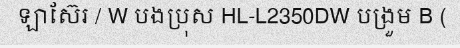
ឡាស៊ែរ / W បងប្រុស HL-L2350DW បង្រួម B (